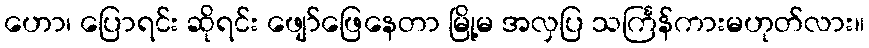
ဟော၊ ပြောရင်း ဆိုရင်း ဖျော်ဖြေနေတာ မြို့မ အလှပြ သင်္ကြန်ကားမဟုတ်လား။